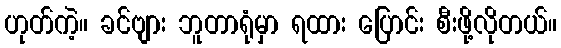
ဟုတ်ကဲ့။ ခင်ဗျား ဘူတာရုံမှာ ရထား ပြောင်း စီးဖို့လိုတယ်။